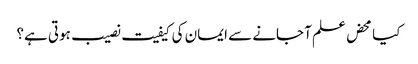
کیا محض علم آ جانے سے ایمان کی کیفیت نصیب ہوتی ہے؟